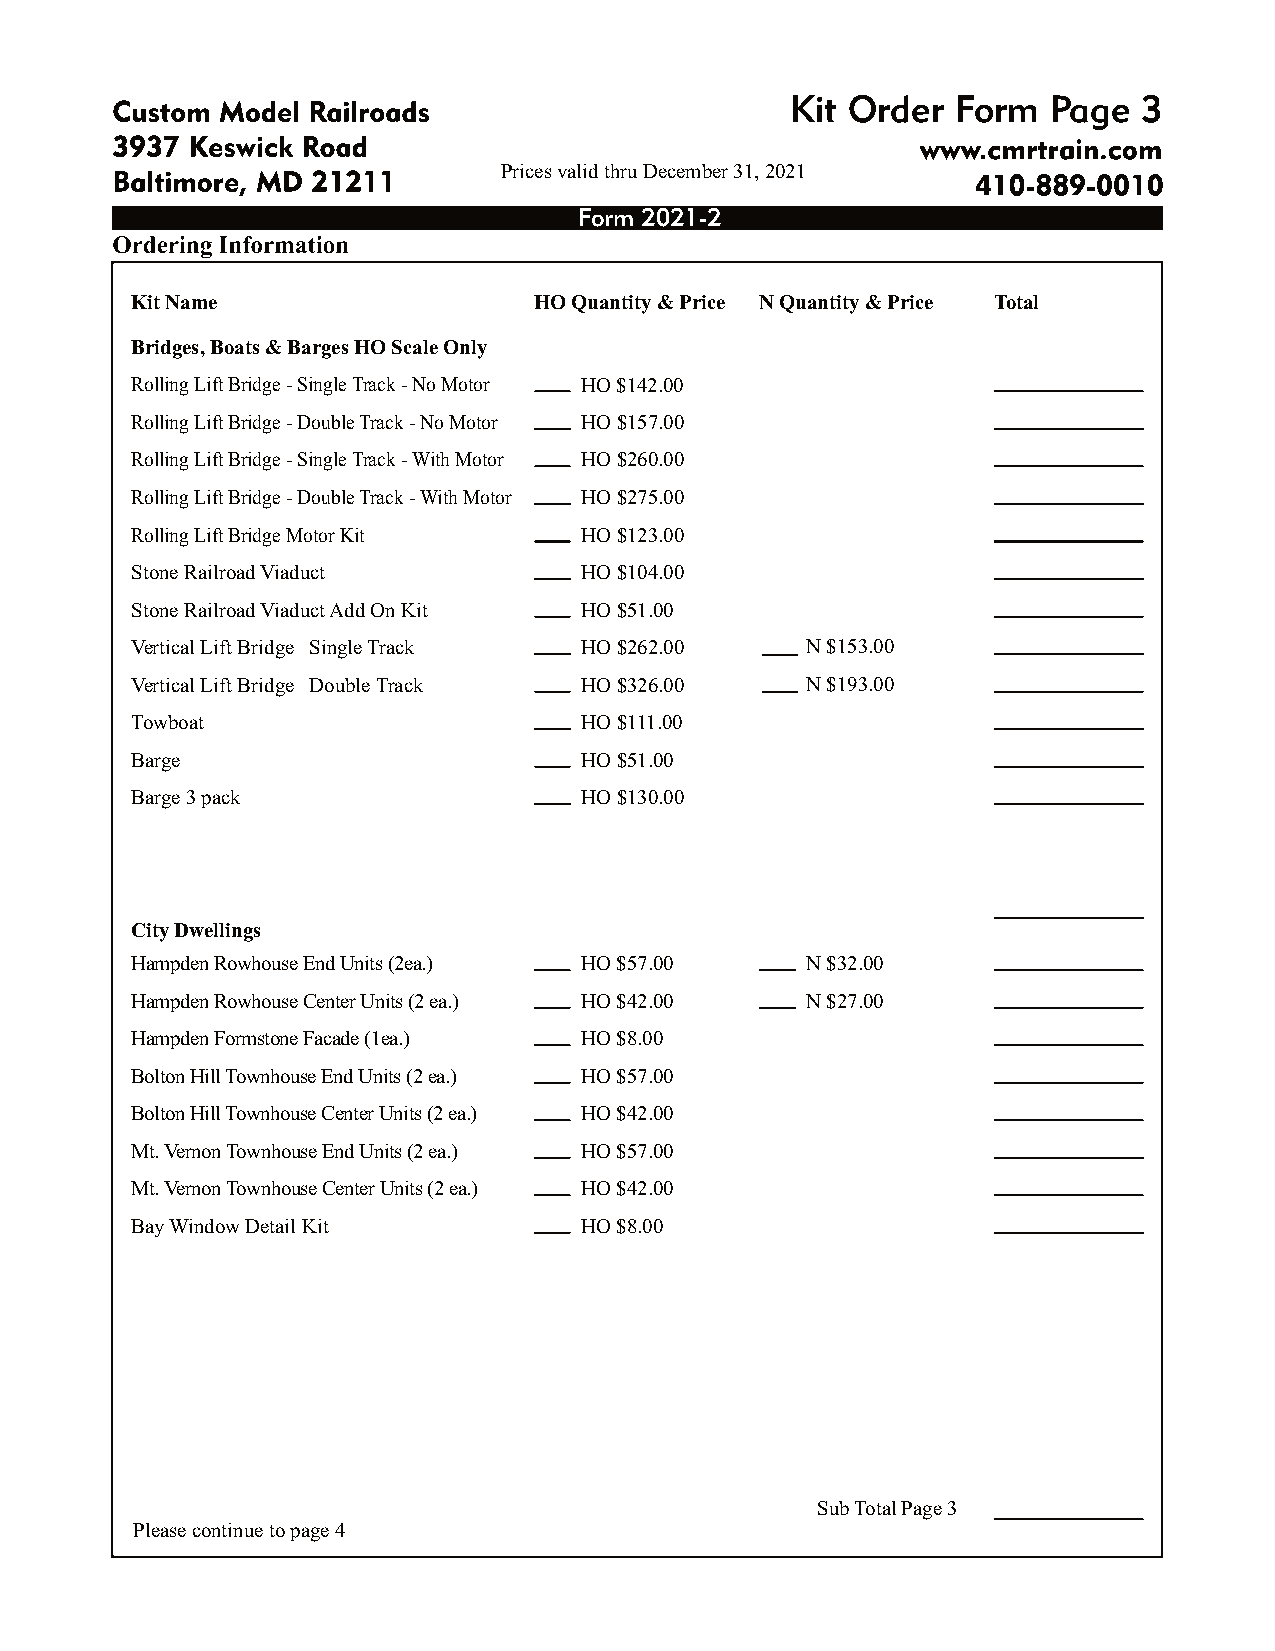
Kit Order  Form   Page  3
 Prices valid thru December 31, 2021
 Form 2021-2
 Kit Name                  HO Quantity & Price N Quantity & Price Total
 Bridges, Boats & Barges HO Scale Only
 Rolling Lift Bridge - Single Track - No Motor HO $142.00
 Rolling Lift Bridge - Double Track - No Motor HO $157.00
 Rolling Lift Bridge - Single Track - With Motor HO $260.00
 Rolling Lift Bridge - Double Track - With Motor HO $275.00
 Rolling Lift Bridge Motor Kit HO $123.00
 Stone Railroad Viaduct       HO $104.00
 Stone Railroad Viaduct Add On Kit HO $51.00
 Vertical Lift Bridge Single Track HO $262.00 N $153.00
 Vertical Lift Bridge Double Track HO $326.00 N $193.00
 Towboat                      HO $111.00
 Barge                        HO $51.00
 Barge 3 pack                 HO $130.00
 City Dwellings
 Hampden Rowhouse End Units (2ea.) HO $57.00 N $32.00
 Hampden Rowhouse Center Units (2 ea.) HO $42.00 N $27.00
 Hampden Formstone Facade (1ea.) HO $8.00
 Bolton Hill Townhouse End Units (2 ea.) HO $57.00
 Bolton Hill Townhouse Center Units (2 ea.) HO $42.00
 Mt. Vernon Townhouse End Units (2 ea.) HO $57.00
 Mt. Vernon Townhouse Center Units (2 ea.) HO $42.00
 Bay Window Detail Kit        HO $8.00
 Sub Total Page 3
 Please continue to page 4